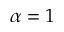
\alpha = 1